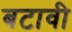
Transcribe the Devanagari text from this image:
बटावी